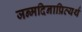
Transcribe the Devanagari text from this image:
जन्मदिनाप्रित्यर्थ